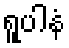
ရူပါနံ